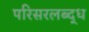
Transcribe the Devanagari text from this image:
परिसरलब्द्ध